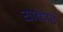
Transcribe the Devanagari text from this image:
याव्दारे